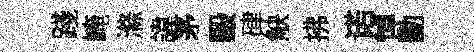
踐崦滌諱茅毆硉觖拂诺悼勳